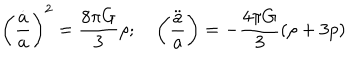
\left( \frac { \dot { a } } { a } \right) ^ { 2 } = \frac { 8 \pi G } { 3 } \rho ; \quad \left( \frac { \ddot { a } } { a } \right) = - \frac { 4 \pi G } { 3 } ( \rho + 3 p )